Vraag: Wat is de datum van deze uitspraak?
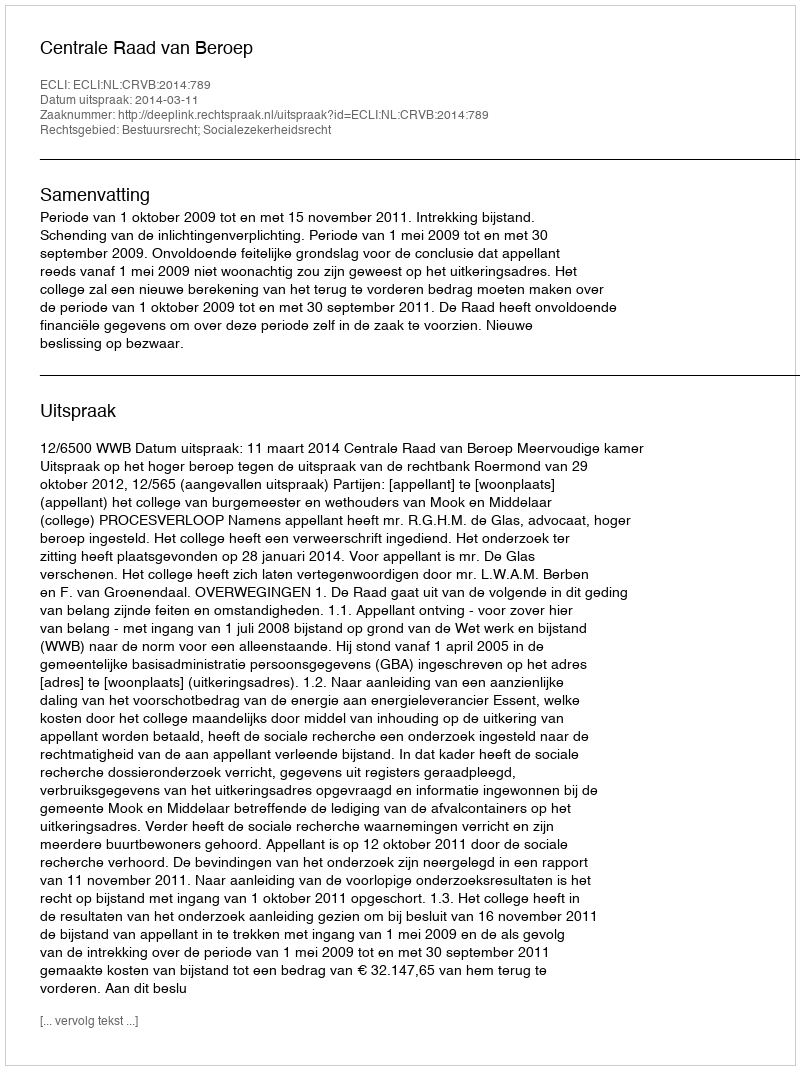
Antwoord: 2014-03-11